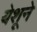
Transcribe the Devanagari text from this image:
येशूने